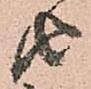
由